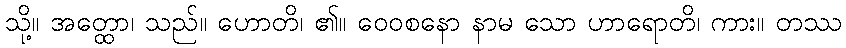
သို့။ အတ္ထော၊ သည်။ ဟောတိ၊ ၏။ ဝေဝစနော နာမ သော ဟာရောတိ၊ ကား။ တဿ